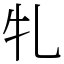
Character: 𭷓